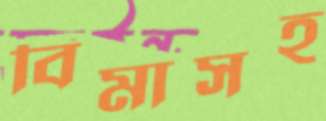
বিমাসহ